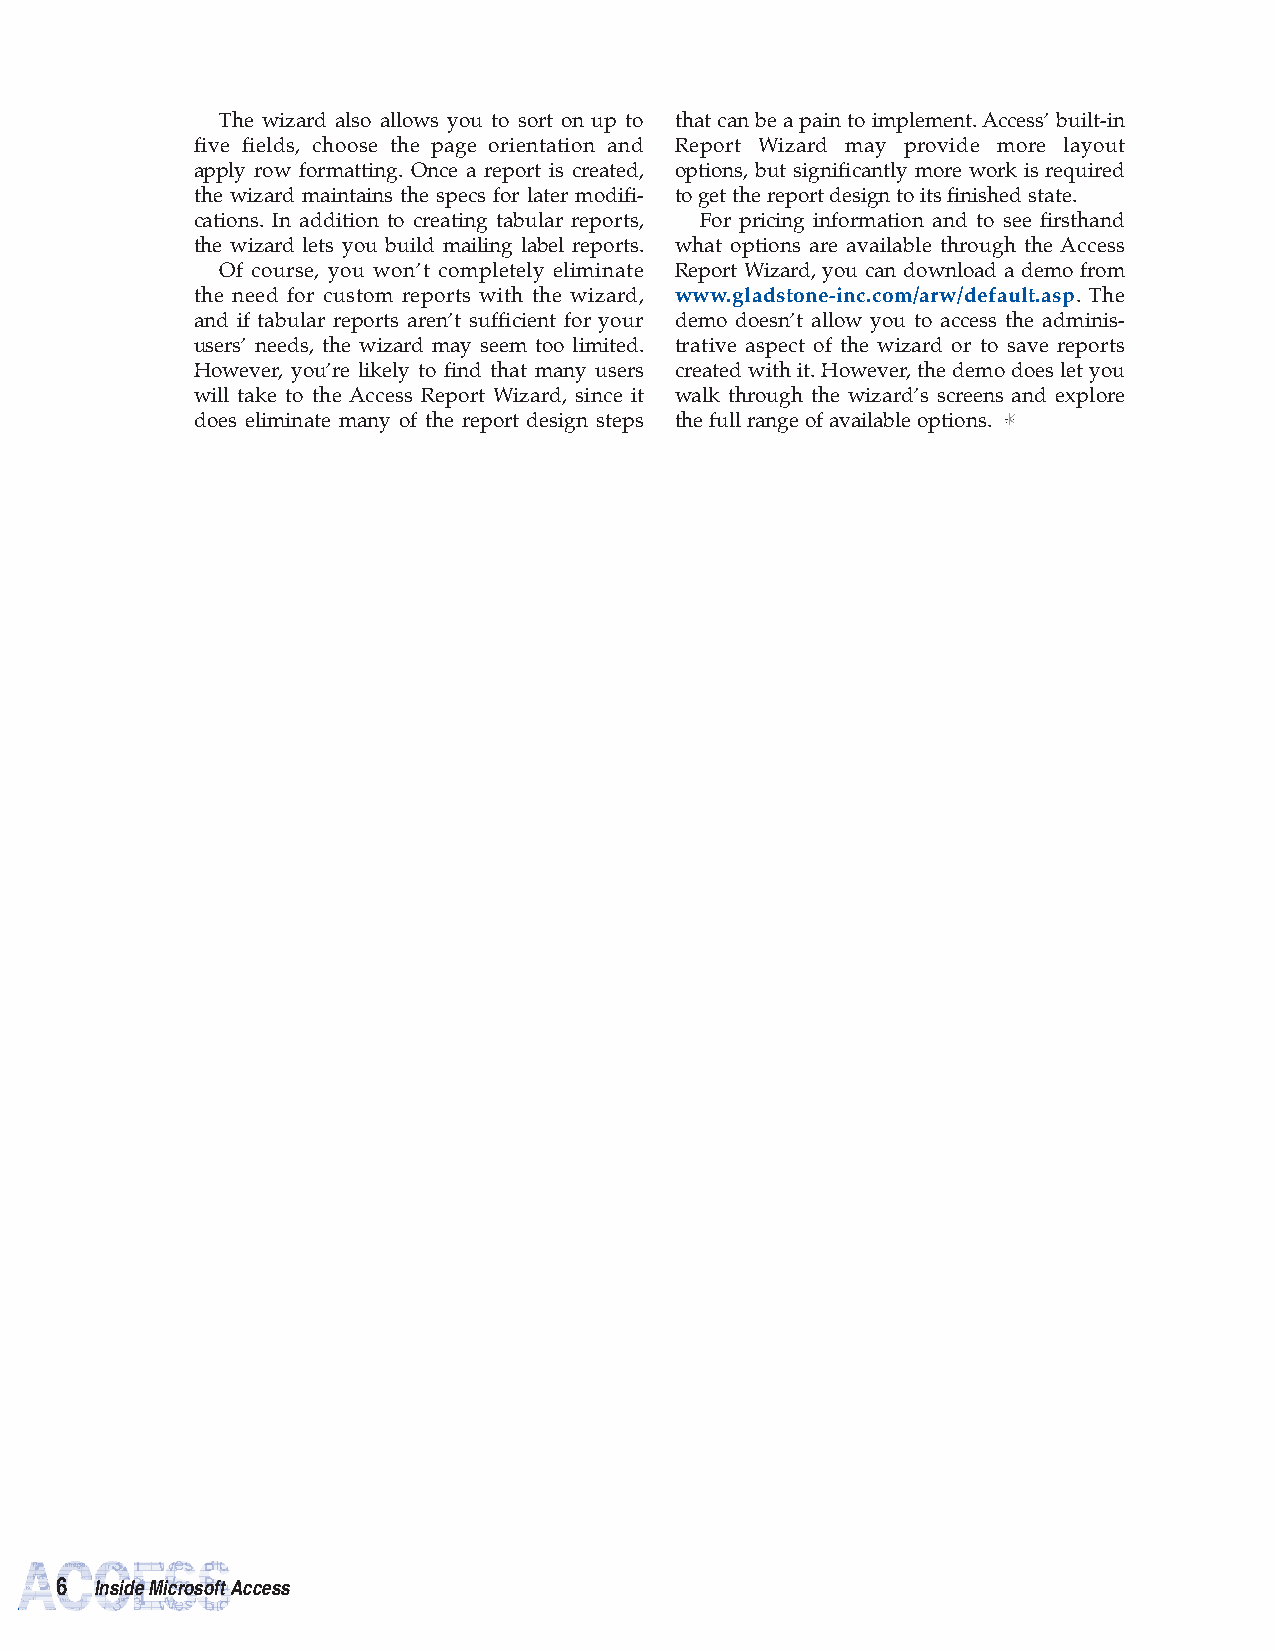
The wizard also allows you to sort on up to that can be a pain to implement. Access’ built-in
 five fields, choose the page orientation and Report Wizard may provide more layout
 apply row formatting. Once a report is created, options, but significantly more work is required
 the wizard maintains the specs for later modifi- to get the report design to its finished state.
 cations. In addition to creating tabular reports, For pricing information and to see firsthand
 the wizard lets you build mailing label reports. what options are available through the Access
 Of course, you won’t completely eliminate Report Wizard, you can download a demo from
 the need for custom reports with the wizard, www.gladstone-inc.com/arw/default.asp. The
 and if tabular reports aren’t sufficient for your demo doesn’t allow you to access the adminis-
 users’ needs, the wizard may seem too limited. trative aspect of the wizard or to save reports
 However, you’re likely to find that many users created with it. However, the demo does let you
 will take to the Access Report Wizard, since it walk through the wizard’s screens and explore
 does eliminate many of the report design steps the full range of available options.
 6 Inside Microsoft Access